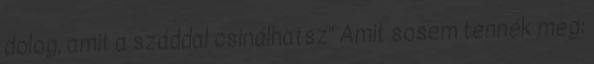
dolog, amit a száddal csinálhatsz" Amit sosem tennék meg: